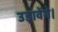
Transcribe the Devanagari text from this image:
उड़ावेंगे।